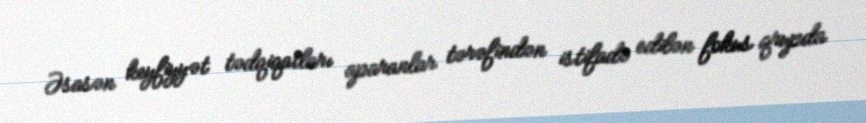
Əsasən keyfiyyət tədqiqatları aparanlar tərəfindən istifadə edilən fokus qrupda